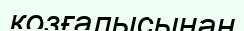
қозғалысынан